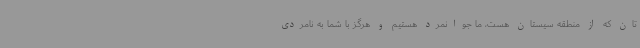
تان که از منطقه سیستان هست، ما جوانمرد هستیم و هرگز با شما به نامردی